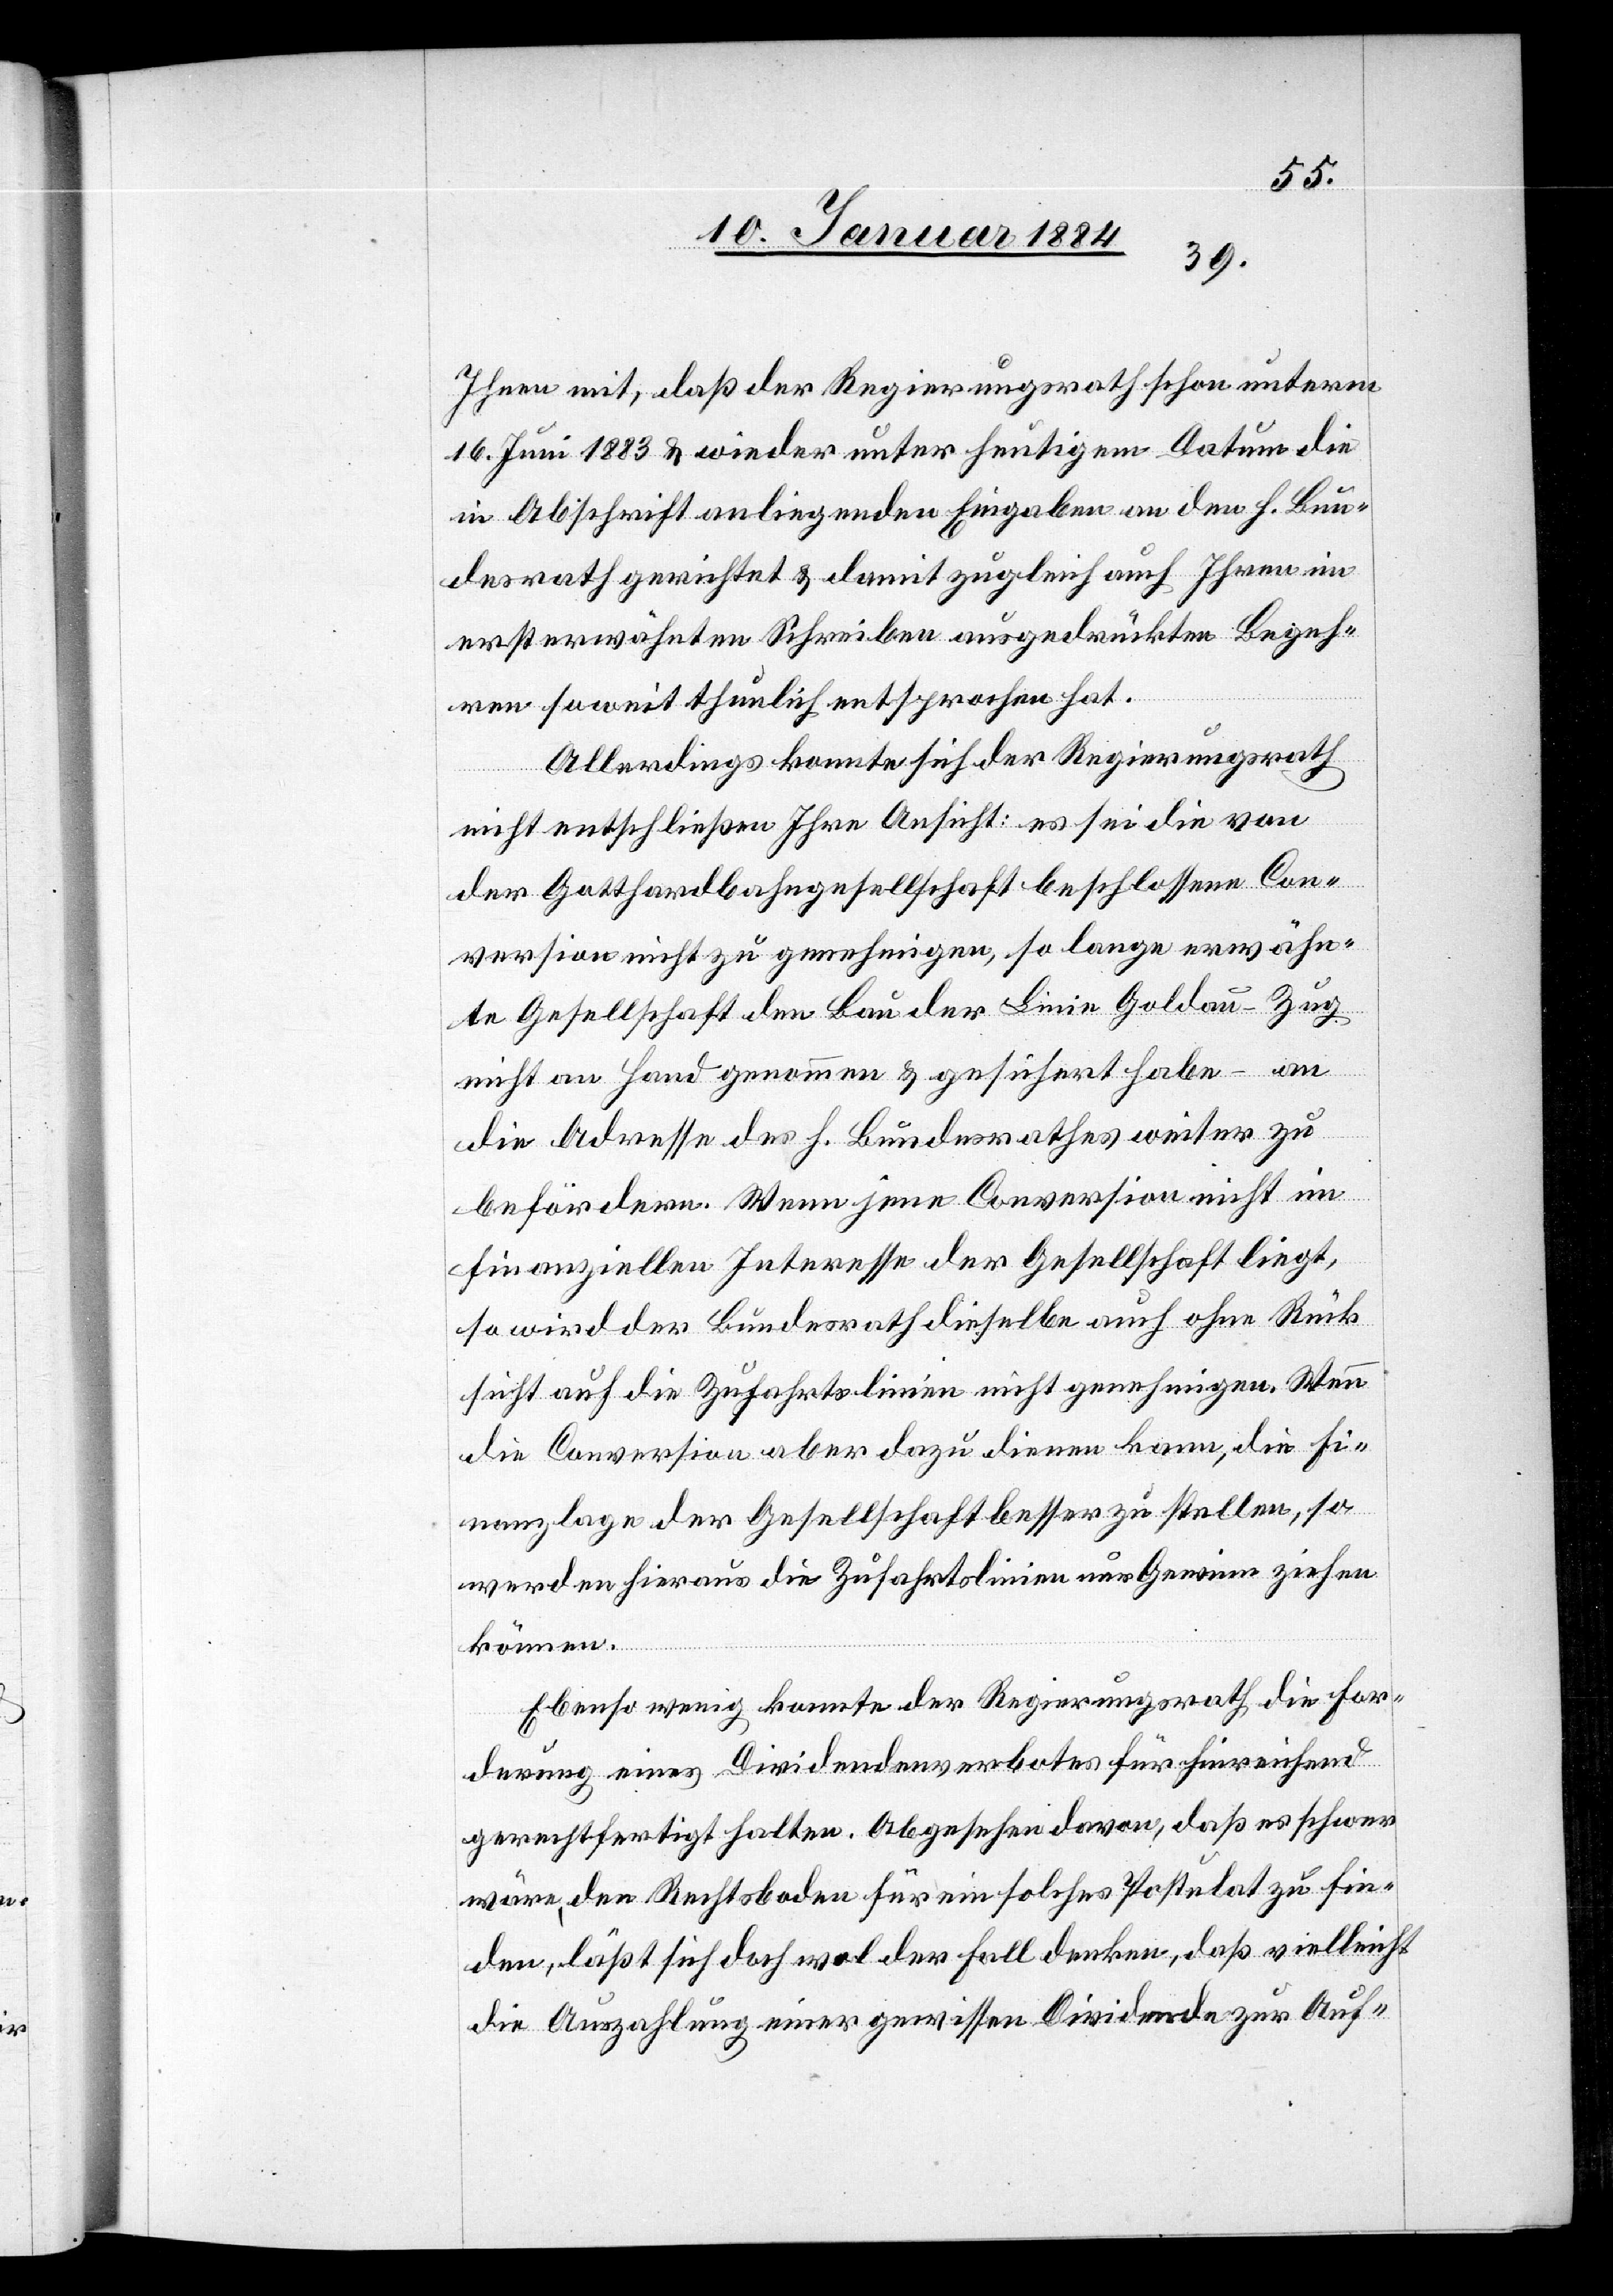
Ihnen mit, daß der Regierungsrath schon unterm
16. Juni 1883 & wieder unter heutigem Datum die
in Abschrift anliegenden Eingaben an den h. Bun¬
desrath gerichtet & damit zugleich auch Ihrem im
ersterwähnten Scheiben ausgedrückten Begeh¬
ren soweit thunlich entsprochen hat.
Allerdings konnte sich der Regierungsrath
nicht entschließen Ihre Ansicht, es sei die von
der Gotthardbahngesellschaft beschlossene Con¬
version nicht zu genehmigen, so lange erwähn¬
te Gesellschaft den Bau der Linie Goldau–Zug
nicht an Hand genommen & geführt habe – an
die Adresse der h. Bundesrathes weiter zu
befördern. Wenn jene Conversion nicht im
finanziellen Interesse der Gesellschaft liegt,
so wird der Bundesrath dieselbe auch ohne Rück¬
sicht auf die Zufahrtslinie nicht genehmigen. Wenn
die Conversion aber dazu dienen kann, die Fi¬
nanzlage der Gesellschaft besser zu stellen, so
werden hieraus die Zufahrtslinien nur Gewinn ziehen
können.
Ebenso wenig konnte der Regierungsrath die For¬
derung eines Dividendenverbotes für hinreichend
gerechtfertigt halten, abgesehen davon, daß es schwer
wäre, den Rechtsboden für ein solches Postulat zu fin¬
den, läßt sich doch wol der Fall denken, daß vielleicht
die Auszahlung einer gewissen Dividende zur Auf-